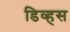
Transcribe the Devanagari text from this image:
डिव्हस